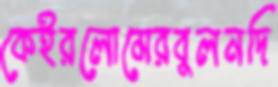
কেইরলোমেরবুলনদি